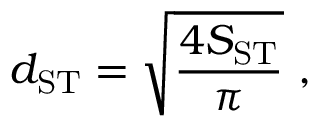
d _ { \mathrm { S T } } = \sqrt { \frac { 4 S _ { \mathrm { S T } } } { \pi } } ~ ,